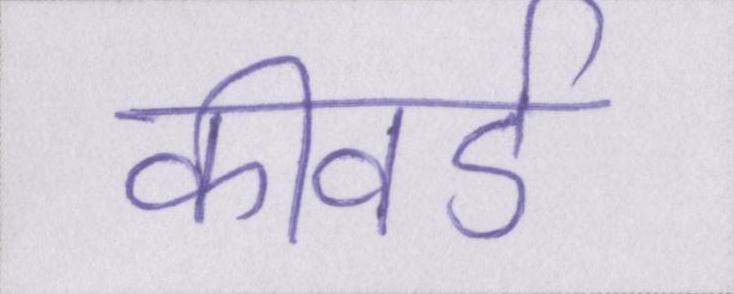
कीवर्ड